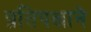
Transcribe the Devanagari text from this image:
प्रतिपक्षाने